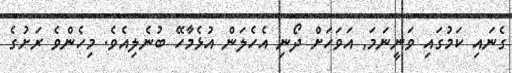
ގެނައި ކަމުގައި ވަނީނަމަ